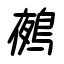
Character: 鵺